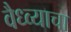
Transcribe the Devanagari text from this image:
वैध्व्याचा